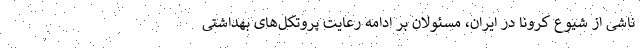
ناشی از شیوع کرونا در ایران، مسئولان بر ادامه رعایت پروتکل‌های بهداشتی